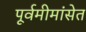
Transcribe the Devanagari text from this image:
पूर्वमीमांसेत